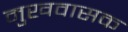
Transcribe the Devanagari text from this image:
मुखवासक